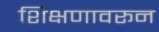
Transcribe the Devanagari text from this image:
शिक्षणावरून